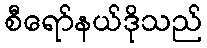
စီရော်နယ်ဒိုသည်